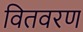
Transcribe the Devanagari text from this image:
वितवरण